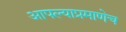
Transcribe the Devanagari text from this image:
आपल्याप्रमाणेच